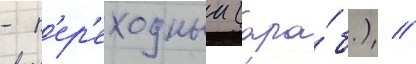
- п'ер'еходныи (ара́б.) //